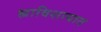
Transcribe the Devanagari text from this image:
ह्याविशायात